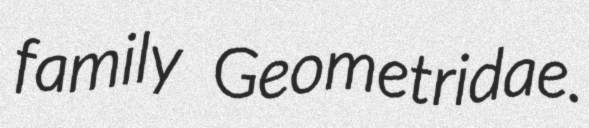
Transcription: family Geometridae.